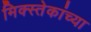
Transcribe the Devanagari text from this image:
मिक्स्तेकांच्या